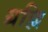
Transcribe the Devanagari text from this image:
ग्रह्णि